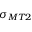
\sigma _ { M T 2 }